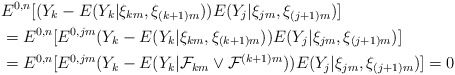
\begin{align*}& E^{0,n}[(Y_{k}-E(Y_{k}|\xi_{km},\xi_{(k+1)m}))E(Y_{j}|\xi_{jm},\xi_{(j+1)m})]\\& =E^{0,n}[E^{0,jm}(Y_{k}-E(Y_{k}|\xi_{km},\xi_{(k+1)m}))E(Y_{j}|\xi_{jm},\xi_{(j+1)m})]\\& =E^{0,n}[E^{0,jm}(Y_{k}-E(Y_{k}|\mathcal{F}_{km}\vee\mathcal{F}^{(k+1)m}))E(Y_{j}|\xi_{jm},\xi_{(j+1)m})]=0\end{align*}